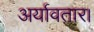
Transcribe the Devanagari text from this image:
अर्यावतार।